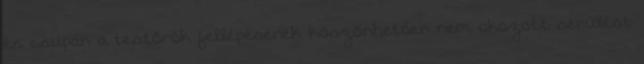
és csupán a testőrök fellépésének köszönhetően nem okozott sérülést